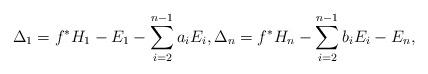
LaTeX: \begin{align*} \Delta_1 = f^* H_1 - E_1 - \sum_{i=2}^{n-1} a_i E_i, \Delta_n = f^*H_n - \sum_{i=2}^{n-1}b_i E_i - E_n,\end{align*}